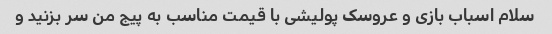
سلام اسباب بازی و عروسک پولیشی با قیمت مناسب به پیج من سر بزنید و